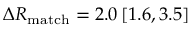
\Delta R _ { \mathrm { m a t c h } } = 2 . 0 \, [ 1 . 6 , 3 . 5 ]